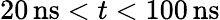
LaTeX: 20\, \mathrm{ns}<t<100\, \mathrm{ns}